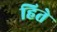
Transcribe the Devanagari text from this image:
हिते